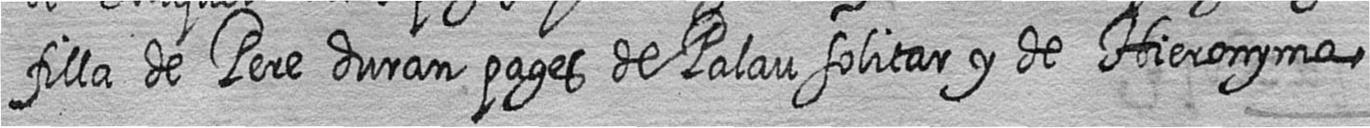
filla de Pere duran pages de Palau solitar y de Hieronyma